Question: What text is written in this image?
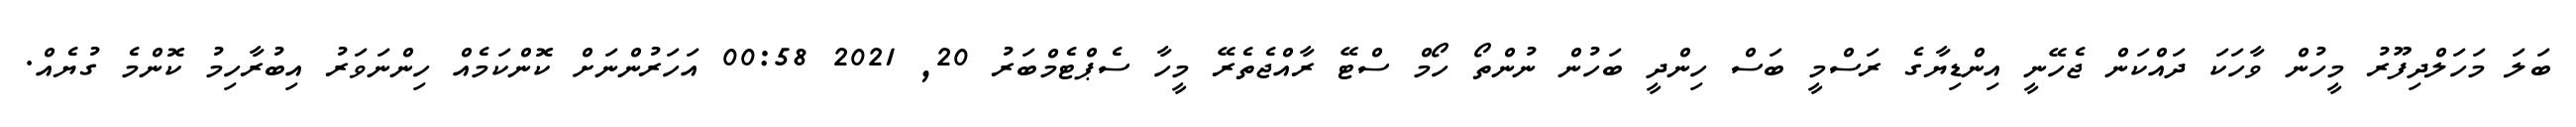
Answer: ބަލަ މަހަލްދިފޫރު މީހުން ވާހަކަ ދައްކަން ޖެހޭނީ އިންޑިޔާގެ ރަސްމީ ބަސް ހިންދީ ބަހުން ނުންތޯ ހޯމް ސްޓޭ ރާއްޖެތެރޭ މީހާ ސެޕްޓެމްބަރު 20, 2021 00:58 އަހަރުންނަށް ކޮންކަމެއް ހިންނަވަރު އިބުރާހިމު ކޮންމެ ގުޔެއް.